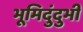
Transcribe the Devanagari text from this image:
भूमिदुंदुभी